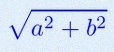
\sqrt{a^2+b^2}